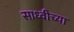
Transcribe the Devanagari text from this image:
साध्वीच्या